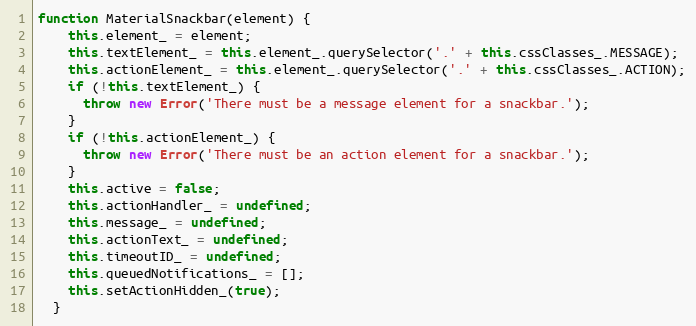
Language: JavaScript
function MaterialSnackbar(element) {
    this.element_ = element;
    this.textElement_ = this.element_.querySelector('.' + this.cssClasses_.MESSAGE);
    this.actionElement_ = this.element_.querySelector('.' + this.cssClasses_.ACTION);
    if (!this.textElement_) {
      throw new Error('There must be a message element for a snackbar.');
    }
    if (!this.actionElement_) {
      throw new Error('There must be an action element for a snackbar.');
    }
    this.active = false;
    this.actionHandler_ = undefined;
    this.message_ = undefined;
    this.actionText_ = undefined;
    this.timeoutID_ = undefined;
    this.queuedNotifications_ = [];
    this.setActionHidden_(true);
  }